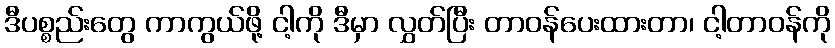
ဒီပစ္စည်းတွေ ကာကွယ်ဖို့ ငါ့ကို ဒီမှာ လွှတ်ပြီး တာဝန်ပေးထားတာ၊ ငါ့တာဝန်ကို